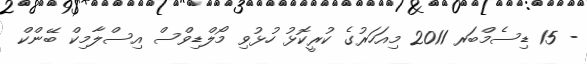
- 15 ޑިސެމްބަރ 2011 މިއަހަރުގެ ކުރީކޮޅު ހުޅުވި މޯލްޑިވްސް އިސްލާމިކް ބޭންކް